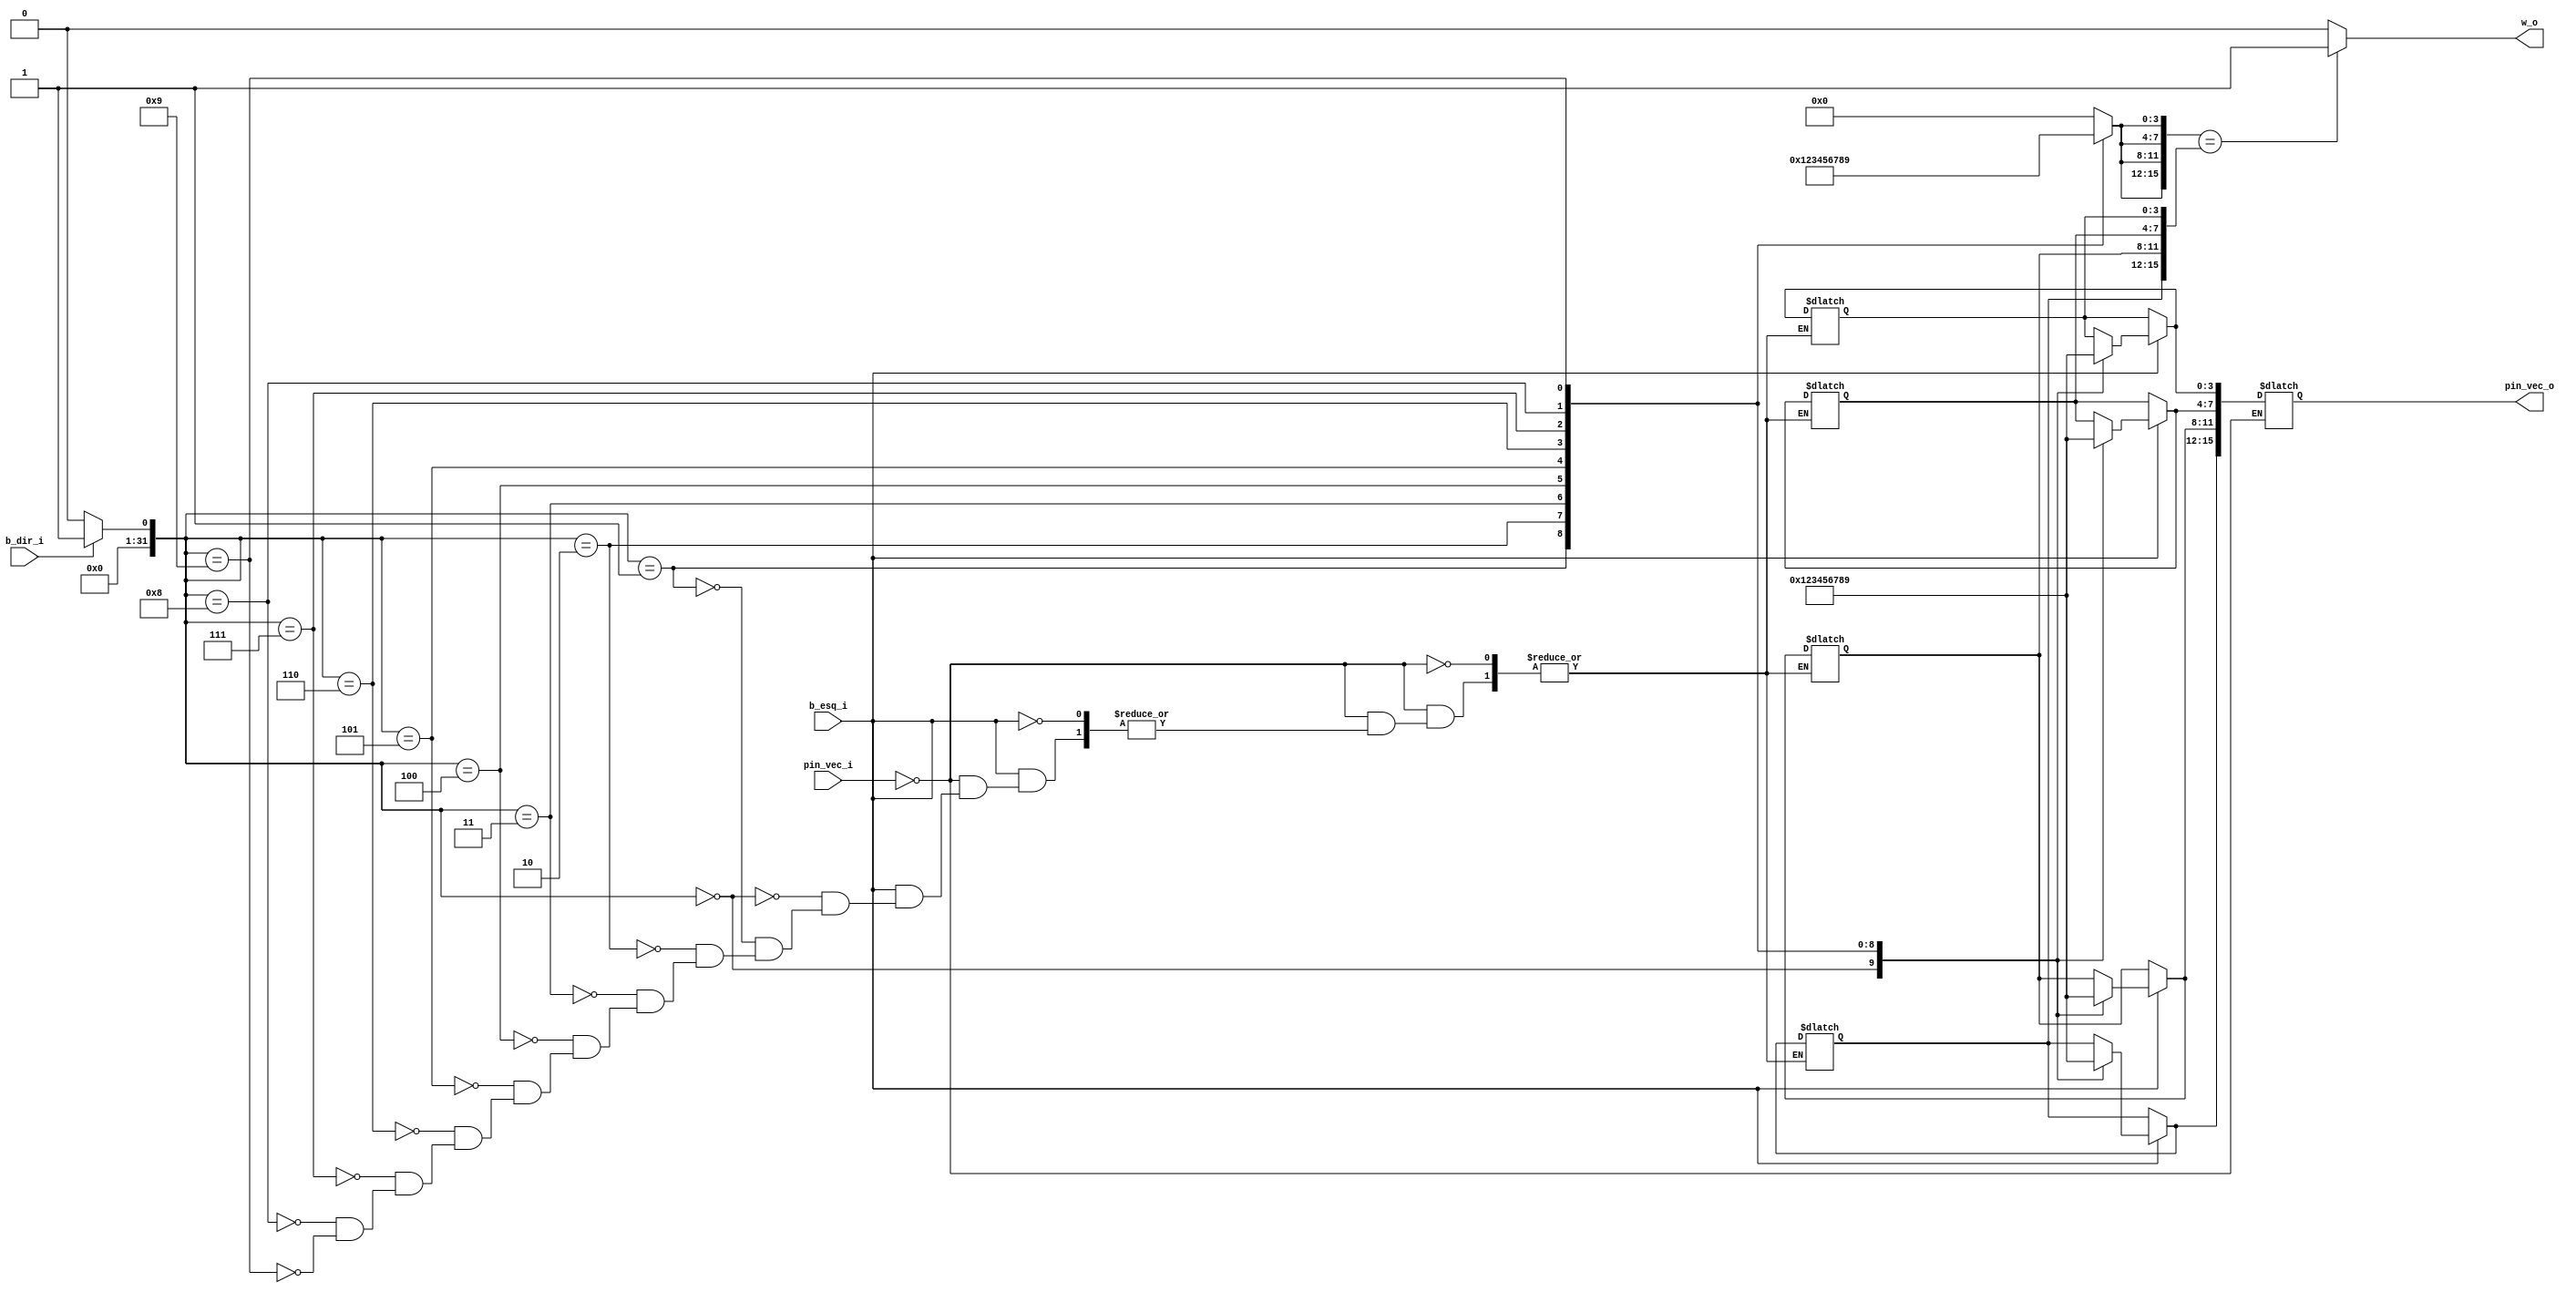
module pin (w_o, b_esq_i, b_dir_i, pin_vec_i,pin_vec_o);

  input wire b_esq_i, b_dir_i;
  output reg w_o;
  input wire [15:0] pin_vec_i;
  output reg [15:0] pin_vec_o;
  reg [15:0] pin_true_vec;
  reg [15:0] pin_select_vec;

  integer round;
  integer index1 = 0;
  integer index2 = 0;
  // Definir primeiro pin e guardar na memoria
  always @(b_dir_i or b_esq_i or pin_vec_i) begin
    if (pin_vec_i == 16'b0) begin
      for (round = 0; round < 4; round = round + 1) begin
        index1 = 0;
        if (b_dir_i == 1) index1 = index1 + 1;
        if (index1 == 10) index1 = 0;
        if (b_esq_i == 1) begin
          case (index1)
            0: pin_true_vec[round * 4 +: 4] = 4'b0000;
            1: pin_true_vec[round * 4 +: 4] = 4'b0001;
            2: pin_true_vec[round * 4 +: 4] = 4'b0010;
            3: pin_true_vec[round * 4 +: 4] = 4'b0011;
            4: pin_true_vec[round * 4 +: 4] = 4'b0100;
            5: pin_true_vec[round * 4 +: 4] = 4'b0101;
            6: pin_true_vec[round * 4 +: 4] = 4'b0110;
            7: pin_true_vec[round * 4 +: 4] = 4'b0111;
            8: pin_true_vec[round * 4 +: 4] = 4'b1000;
            9: pin_true_vec[round * 4 +: 4] = 4'b1001;
          endcase
        end
      end
    pin_vec_o <= pin_true_vec;
	 end
	 
  end

  // Comparar pin selecionado com o armazenado na memoria
  always @(b_dir_i or b_esq_i) begin
    for (round = 0; round < 4; round = round + 1) begin
      index2 = 0;
      if (b_dir_i == 1) index2 = index2+ 1;
      if (index2 == 10) index2 = 0;
      if (b_esq_i == 1) begin
        case (index2)
          0: pin_select_vec[round * 4 +: 4] = 4'b0000;
          1: pin_select_vec[round * 4 +: 4] = 4'b0001;
          2: pin_select_vec[round * 4 +: 4] = 4'b0010;
          3: pin_select_vec[round * 4 +: 4] = 4'b0011;
          4: pin_select_vec[round * 4 +: 4] = 4'b0100;
          5: pin_select_vec[round * 4 +: 4] = 4'b0101;
          6: pin_select_vec[round * 4 +: 4] = 4'b0110;
          7: pin_select_vec[round * 4 +: 4] = 4'b0111;
          8: pin_select_vec[round * 4 +: 4] = 4'b1000;
          9: pin_select_vec[round * 4 +: 4] = 4'b1001;
        endcase
      end
    end

    // Sinalizar que o acesso foi liberado
    if (pin_select_vec == pin_true_vec)
      w_o = 1'b1;
    else
      w_o = 1'b0;
  end

endmodule